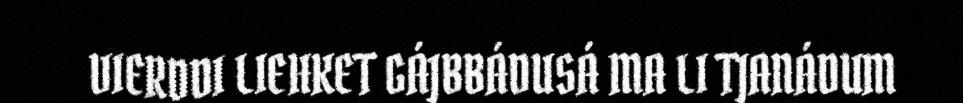
VIERDDI LIEHKET GÁJBBÁDUSÁ MA LI TJANÁDUM